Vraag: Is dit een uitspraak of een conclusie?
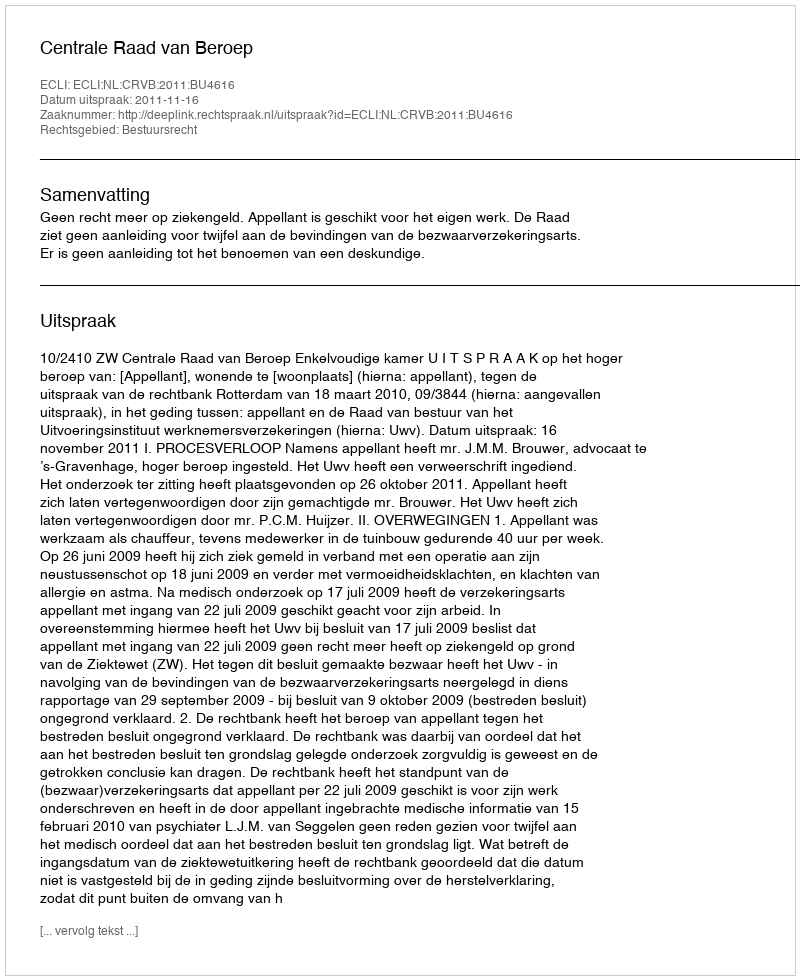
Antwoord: Uitspraak